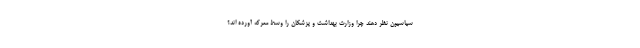
سیاسیون نظر دهند چرا وزارت بهداشت و پزشکان را وسط معرکه آورده اند؟